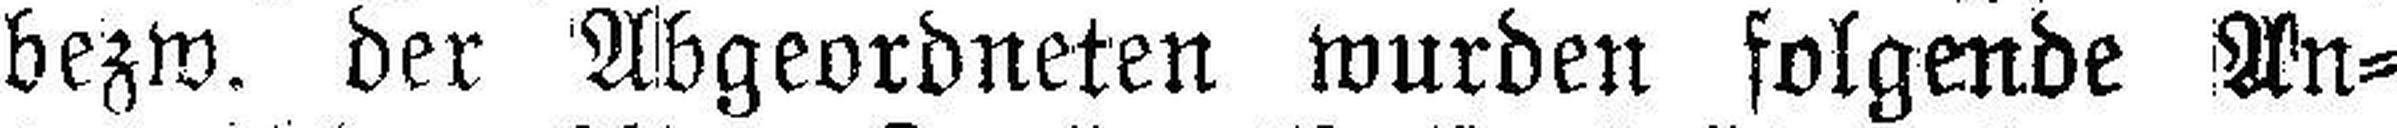
bezw. der Abgeordneten wurden folgende An¬